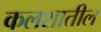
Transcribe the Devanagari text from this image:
कलशातील